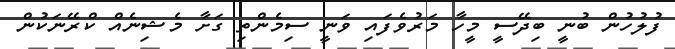
ފުލުހުން ބުނީ ބިދޭސީ މީހާ މަރުވެފައި ވަނީ ސިމެންތި ގަށާ މެޝިނެއް ކްރޭނަކުން